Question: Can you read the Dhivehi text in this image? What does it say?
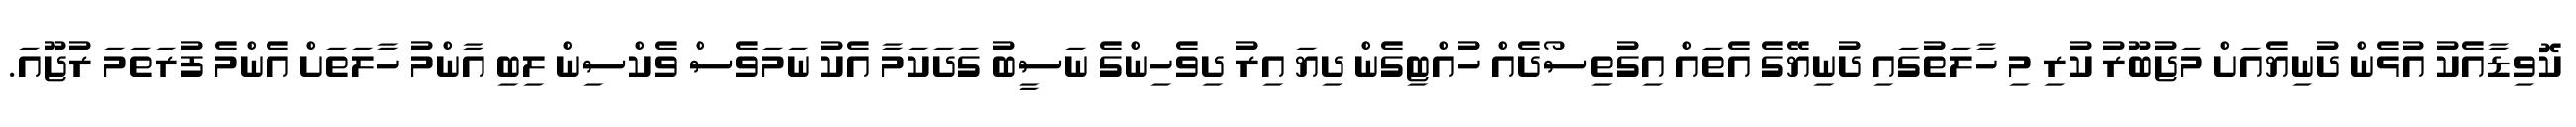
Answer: ކޮވިޑާއެކު އުޅެން ދުނިޔެއަށް މަޖުބޫރު ކުރި މި ހާލަތުގައި ދުނިޔޭގެ އެތައް އިގުތިސޯދެއް ހުއްޓިގެން ދިޔަ އިރު ދިވެހިންގެ ނަސީބު ގަދަކަމާ އެކު ނަމަވެސް ވެކްސިން ލިބި އާންމު ހާލަތަށް އެންމެ ފުރަތަމަ ރުޖޫއަ.